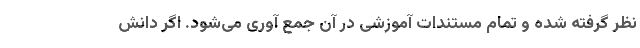
نظر گرفته شده و تمام مستندات آموزشی در آن جمع آوری می‌شود. اگر دانش